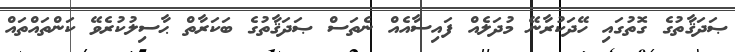
ޞަދަޤާތުގެ ގޮތުގައި ހޭދަކުރާނޭ މުދަލެއް ފައިސާއެއް ނެތަސް ޞަދަޤާތުގެ ބަކަރާތް ޙާސިލުކުރެވޭ ކަންތައްތައް